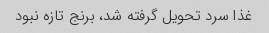
غذا سرد تحویل گرفته شد، برنج تازه نبود